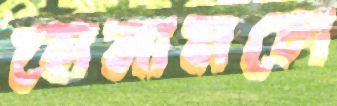
হোমানলে